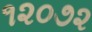
૧૨૦૭૨